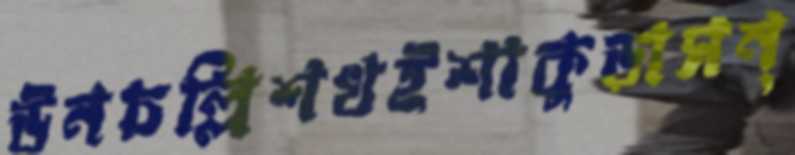
উনচল্লিশখইশাকুড়াসন্